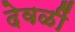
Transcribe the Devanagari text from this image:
देवळीं